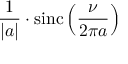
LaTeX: { \frac { 1 } { | a | } } \cdot \operatorname { s i n c } \left( { \frac { \nu } { 2 \pi a } } \right)